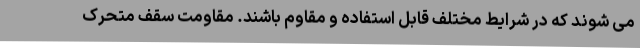
می شوند که در شرایط مختلف قابل استفاده و مقاوم باشند. مقاومت سقف متحرک